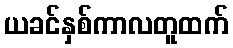
ယခင်နှစ်ကာလတူထက်